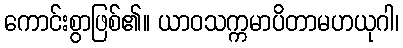
ကောင်းစွာဖြစ်၏။ ယာဝသက္ကမာပိတာမဟယုဂါ၊